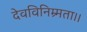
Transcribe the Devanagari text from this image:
देवविनिम्र्मता।।